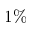
1 \%